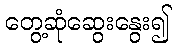
တွေ့ဆုံဆွေးနွေး၍